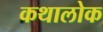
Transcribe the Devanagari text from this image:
कथालोक